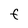
Character: F